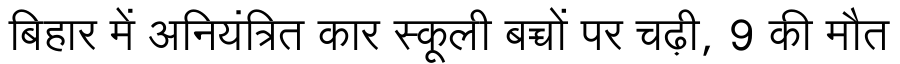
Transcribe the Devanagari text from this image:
बिहार में अनियंत्रित कार स्कूली बच्चों पर चढ़ी, 9 की मौत